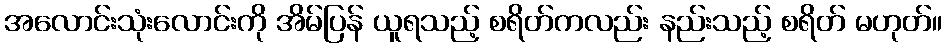
အလောင်းသုံးလောင်းကို အိမ်ပြန် ယူရသည့် စရိတ်ကလည်း နည်းသည့် စရိတ် မဟုတ်။